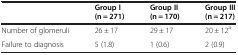
|  | Group I (n = 271) | Group II (n = 170) | Group III (n = 217) |
 | --- | --- | --- | --- |
 | Number of glomeruli | 26 ± 17 | 29 ± 17 | 20 ± 12a |
 | Failure to diagnosis | 5 (1.8) | 1 (0.6) | 2 (0.9) |